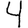
Digit: 4